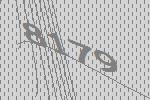
8179